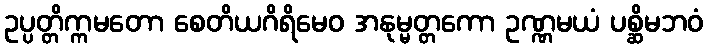
ဥပ္ပတ္တိက္ကမတော စေတိယဂိရိမေဝ အနုမ္မတ္တကော ဥဏ္ဏမယံ ပစ္ဆိမဘဝံ